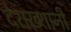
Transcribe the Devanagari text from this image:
देराख्शानी